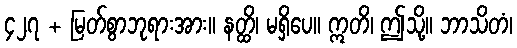
၄၂၇ + မြတ်စွာဘုရားအား။ နတ္ထိ၊ မရှိပေ။ ဣတိ၊ ဤသို့။ ဘာသိတံ၊